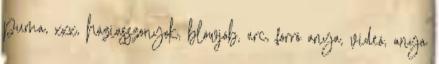
puma, xxx, háziasszonyok, blowjob, arc, forró anya, videó, anya